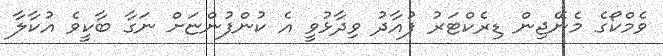
ވެމްކޯގެ މެނޭޖިން ޑިރެކްޓަރު ފުއާދު ވިދާޅުވީ އެ ކުންފުންޏަށް ނަގާ ބާކީވެ އުކާލާ